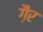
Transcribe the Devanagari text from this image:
गै़र